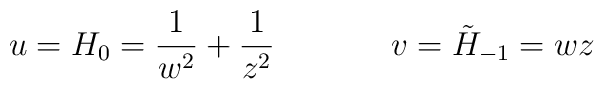
u=H_{0}=\frac{1}{w^2}+\frac{1}{z^2}\, \, \, \, \, \, \, \, \, \, \, \, \, \, \, \, \, \, \, \, \, v=\tilde H _{-1}=wz